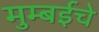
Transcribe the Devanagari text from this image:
मुम्बईचे